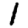
Digit: 1